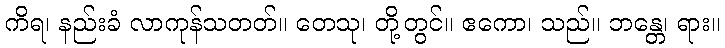
ကိရ၊ နည်းခံ လာကုန်သတတ်။ တေသု၊ တို့တွင်။ ဧကော၊ သည်။ ဘန္တေ၊ ရား။